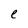
Character: e